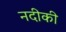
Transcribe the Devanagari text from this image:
नदीकी